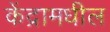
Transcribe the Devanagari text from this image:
केंद्रामधील